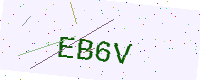
Text: EB6V